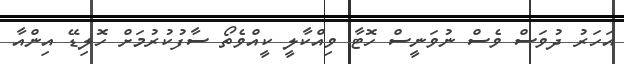
އަހަރު ދުވަސް ވެސް ނުވަނީސް ހޮޓާ ވިއްކާލީ ކީއްވެތޯ ސާފުކުރުމަށް ހޮލިޑޭ އިންއާ